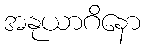
အနုယာဂိနော